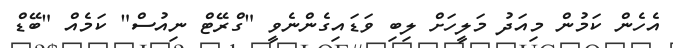
އެހެން ކަމުން މިއަދު މަލީހަށް ލިބި ވަޑައިގެންނެވީ "ގްރޭޓް ނިއުސް" ކަމެއް "ބޭޑް